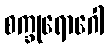
စက္ခုရောဂေါ